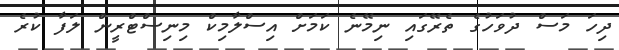
ދިހަ މަސް ދުވަހުގެ ތެރޭގައި ނިމޭނެ ކަމަށް އިސްލާމިކް މިނިސްޓްރީން ލަފާ ކުރެ